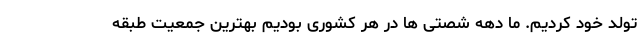
تولد خود کردیم. ما دهه شصتی ها در هر کشوری بودیم بهترین جمعیت طبقه